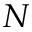
N